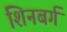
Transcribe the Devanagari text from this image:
शिनबर्ग